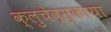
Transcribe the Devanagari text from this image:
क्लुचेव्स्काया